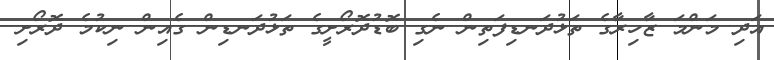
އަދި މަންމަ ޒާހިރާގެ ތަޅުދަނޑިފަތިން ނެގި ބޮޑުދޮރޯށީގެ ތަޅުދަނޑިން ގެއިން ނިކުމެ ދޮރޯށި